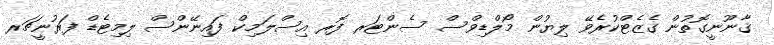
ޤާނޫނީގޮތުން ގެޒެޓްކުރެވޭ ލިޔުން މޯލްޑިވްސް ސެންޓަރ ފޮރ އިސްލަމިކް ފައިނޭންސް ލިމިޓެޑް ފަރުނީޗަރ